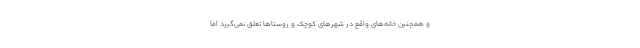
و همچنین خانه‌های واقع در شهرهای کوچک و روستاها تعلق نمی‌گیرد اما